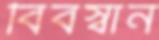
বিবস্বান